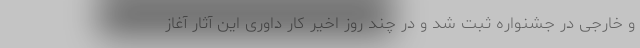
و خارجی در جشنواره ثبت شد و در چند روز اخیر کار داوری این آثار آغاز